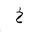
Letter: _kha